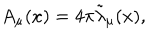
A _ { \mu } ( x ) = 4 \pi { \tilde { \lambda } } _ { \mu } ( x ) ,